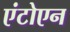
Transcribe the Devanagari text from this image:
एंटोएन